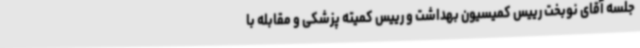
جلسه آقای نوبخت رییس کمیسیون بهداشت و رییس کمیته پزشکی و مقابله با